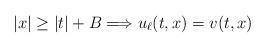
LaTeX: \begin{align*} |x|\geq |t|+B\Longrightarrow u_{\ell}(t,x)=v(t,x) \end{align*}